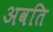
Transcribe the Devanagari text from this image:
अवति